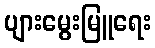
ပျားမွေးမြူရေး